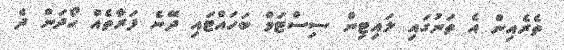
ތެރެއިން އެ ތަނުގައި ލައިޓިން ސިސްޓަމް ބަހައްޓައި ދޭނެ ފަރާތެއް ހޯދަން ދެ